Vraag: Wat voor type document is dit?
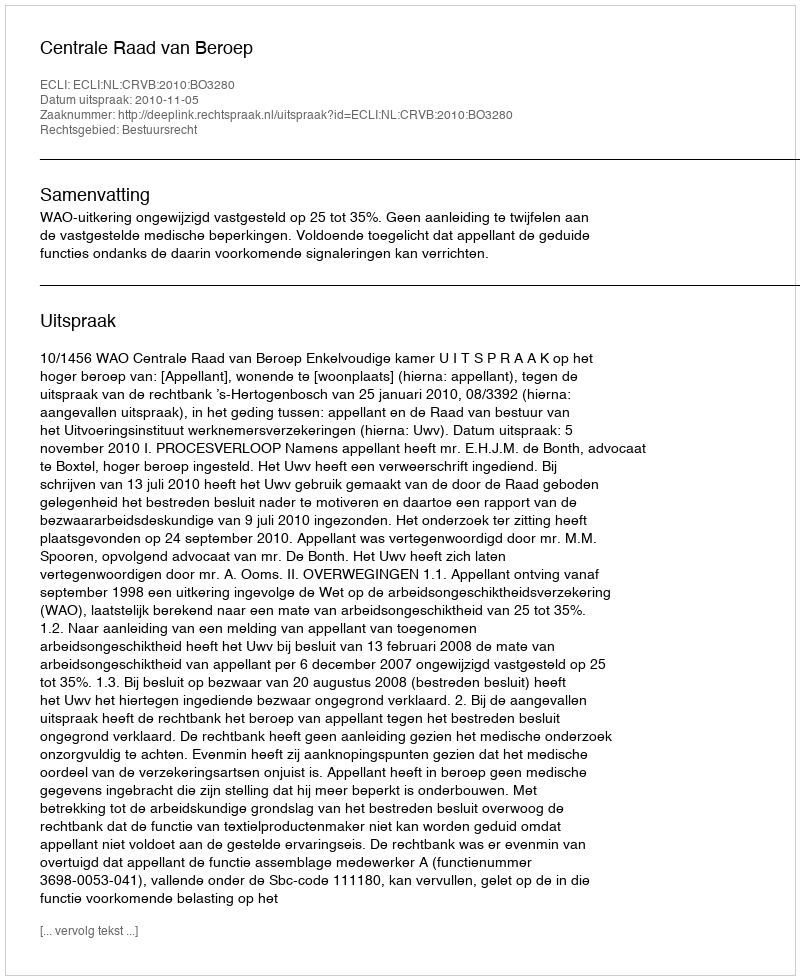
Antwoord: Uitspraak